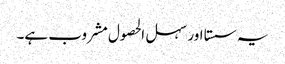
یہ سستا اور سہل الحصول مشروب ہے۔